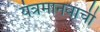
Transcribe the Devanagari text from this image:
यंत्रमानवाची